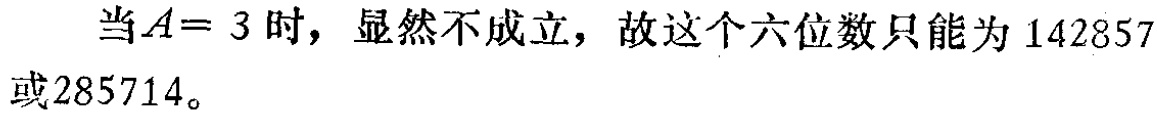
当\(A = 3\)时，显然不成立，故这个六位数只能为\(142857\)或\(285714\)。